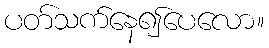
ပတ်သက်နေ၍ပေလော။